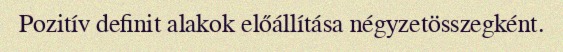
Pozitív definit alakok előállítása négyzetösszegként.